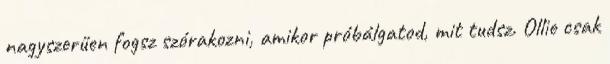
nagyszerűen fogsz szórakozni, amikor próbálgatod, mit tudsz. Ollie csak